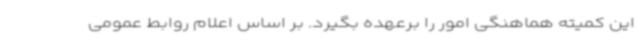
این کمیته هماهنگی امور را برعهده بگیرد. بر اساس اعلام روابط عمومی